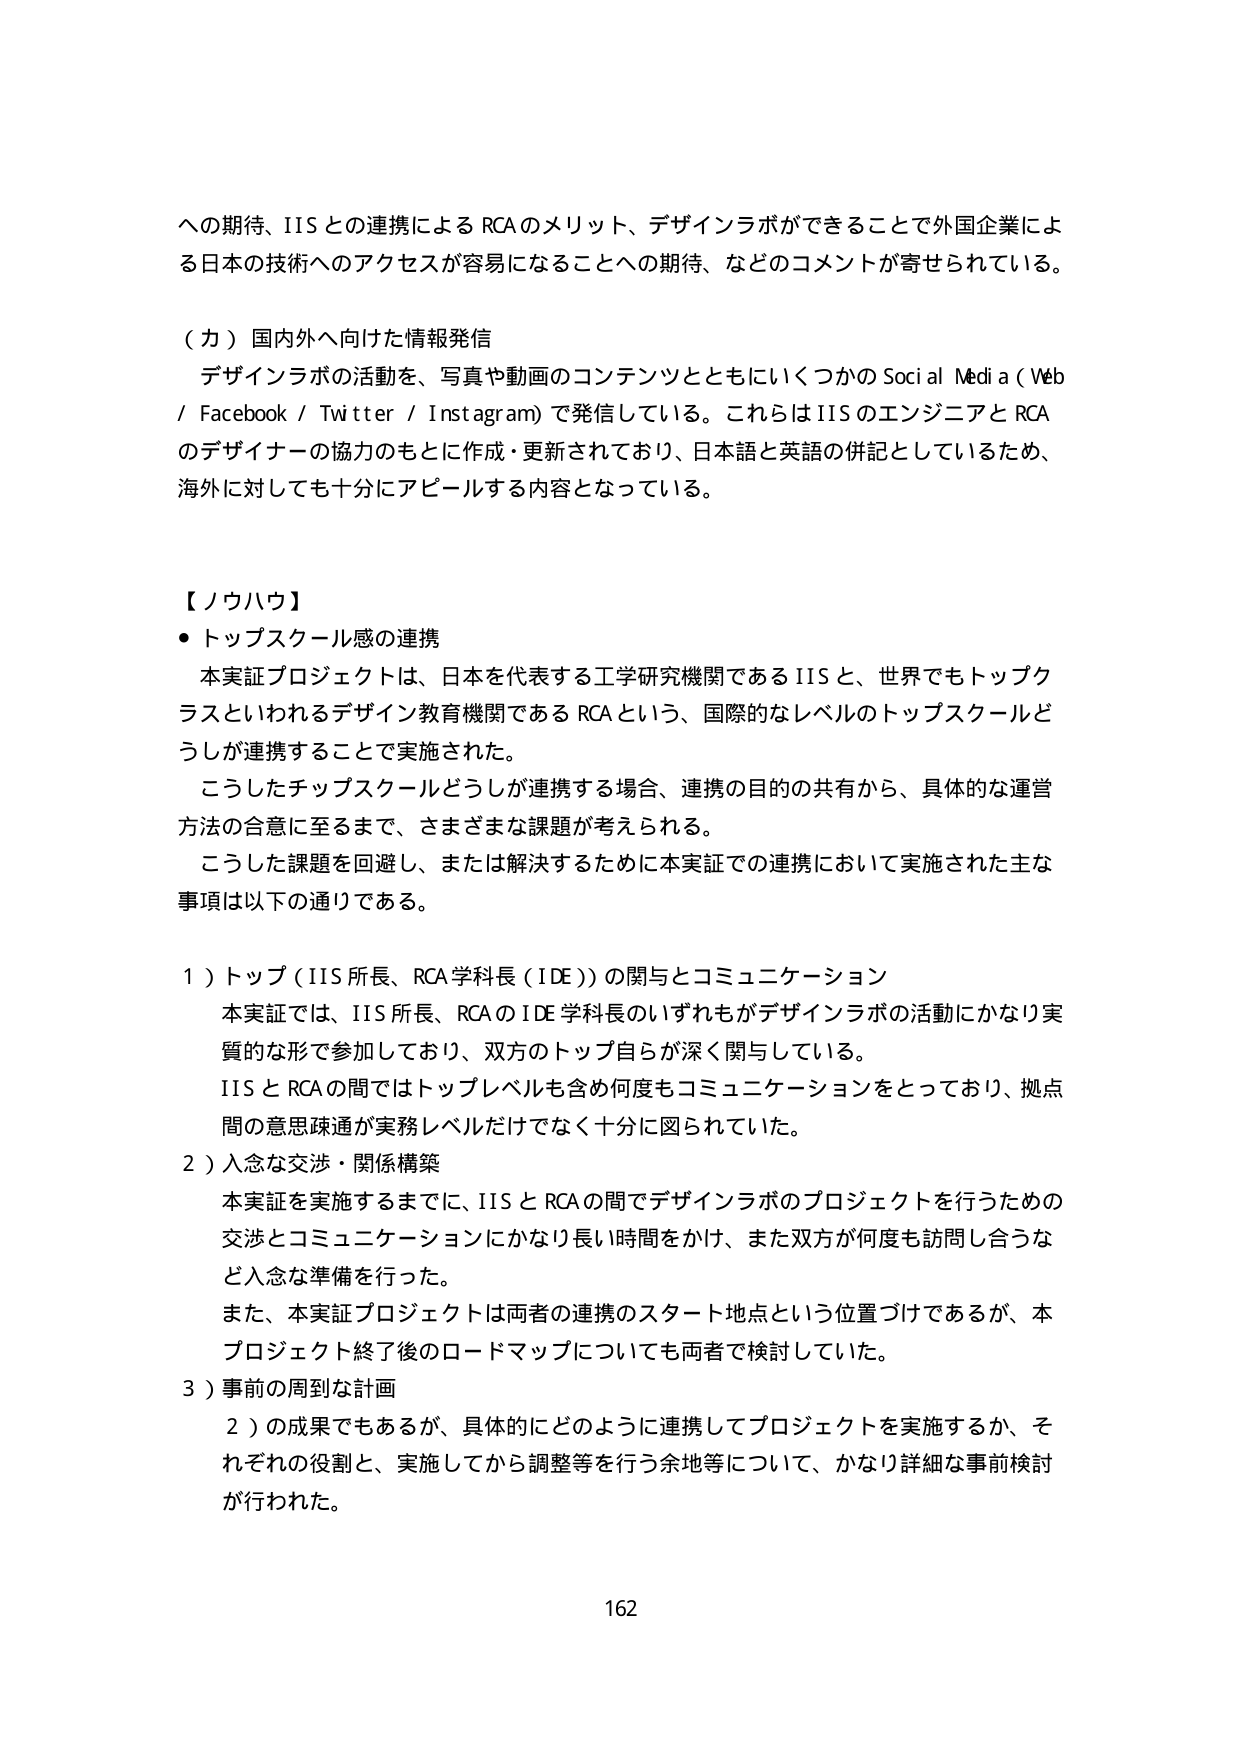
への期待、IISとの連携によるRCAのメリット、デザインラボができることで外国企業による日本の技術へのアクセスが容易になることへの期待、などのコメントが寄せられている。

（カ）国内外へ向けた情報発信
　デザインラボの活動を、写真や動画のコンテンツとともにいくつかのSocial Media（Web / Facebook / Twitter / Instagram）で発信している。これらはIISのエンジニアとRCAのデザイナーの協力のもとに作成・更新されており、日本語と英語の併記としているため、海外に対しても十分にアピールする内容となっている。

【ノウハウ】
・トップスクール感の連携
　本実証プロジェクトは、日本を代表する工学研究機関であるIISと、世界でもトップクラスといわれるデザイン教育機関であるRCAという、国際的なレベルのトップスクールどうしが連携することで実施された。
　こうしたトップスクールどうしが連携する場合、連携の目的の共有から、具体的な運営方法の合意に至るまで、さまざまな課題が考えられる。
　こうした課題を回避し、または解決するために本実証での連携において実施された主な事項は以下の通りである。

１）トップ（IIS所長、RCA学科長（IDE））の関与とコミュニケーション
　本実証では、IIS所長、RCAのIDE学科長のいずれもがデザインラボの活動にかなり実質的な形で参加しており、双方のトップ自らが深く関与している。
　IISとRCAの間ではトップレベルも含め何度もコミュニケーションをとっており、拠点間の意思疎通が実務レベルだけでなく十分に図られていた。

２）入念な交渉・関係構築
　本実証を実施するまでに、IISとRCAの間でデザインラボのプロジェクトを行うための交渉とコミュニケーションにかなり長い時間をかけ、また双方が何度も訪問し合うなど入念な準備を行った。
　また、本実証プロジェクトは両者の連携のスタート地点という位置づけであるが、本プロジェクト終了後のロードマップについても両者で検討していた。

３）事前の周到な計画
　２）の成果でもあるが、具体的にどのように連携してプロジェクトを実施するか、それぞれの役割と、実施してから調整等を行う余地等について、かなり詳細な事前検討が行われた。

162